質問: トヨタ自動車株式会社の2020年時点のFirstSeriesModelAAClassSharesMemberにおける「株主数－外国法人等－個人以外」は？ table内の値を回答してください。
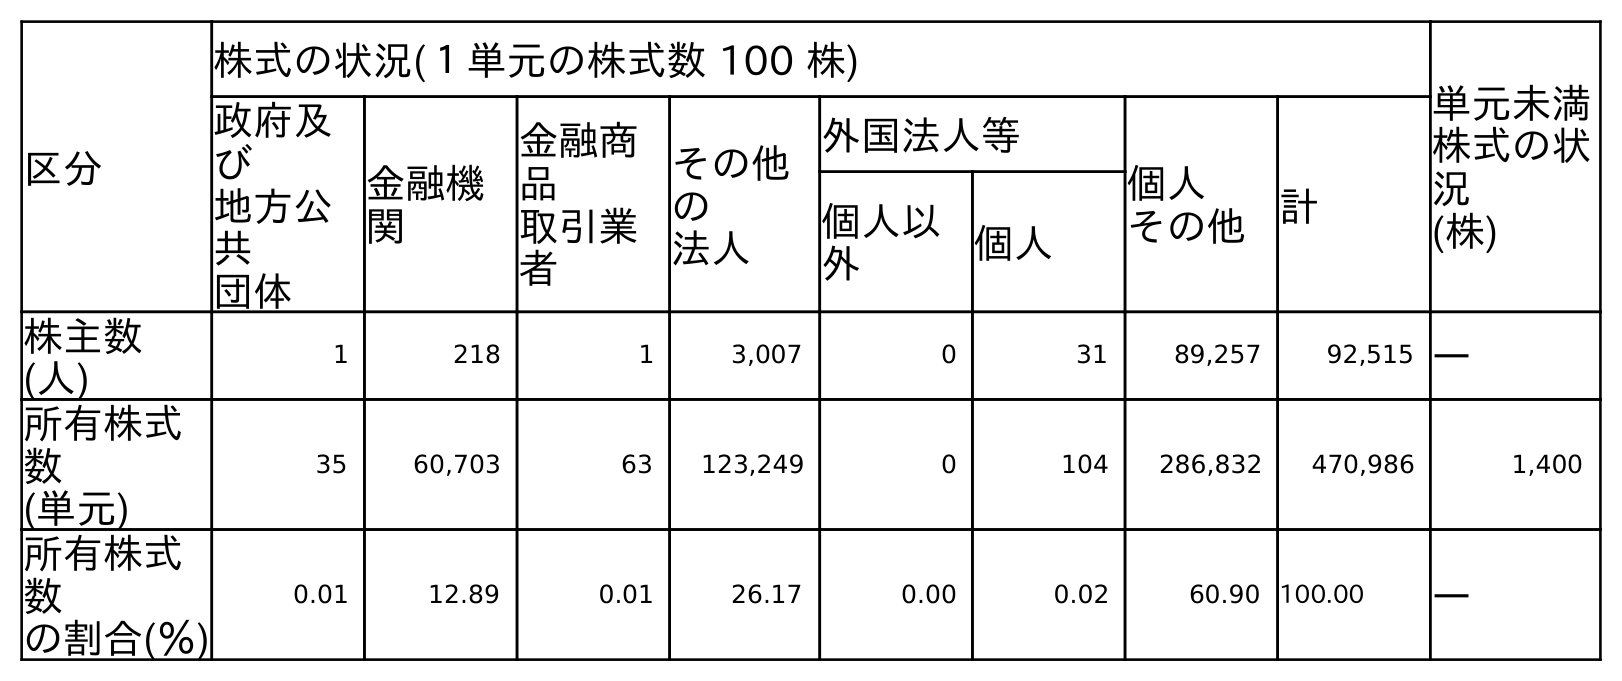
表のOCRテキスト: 区分 株式の状況(１単元の株式数 100 株) 単元未満 株式の状 況 (株) 政府及 び 地方公 共 団体 金融機 関 金融商 品 取引業 者 その他 の 法人 外国法人等 個人 その他 計 個人以 外 個人 株主数 (人) 1 218 1 3,007 0 31 89,257 92,515 ― 所有株式 数 (単元) 35 60,703 63 123,249 0 104 286,832 470,986 1,400 所有株式 数 の割合(％) 0.01 12.89 0.01 26.17 0.00 0.02 60.90 100.00 ―
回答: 0